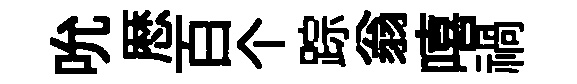
吮厯百个踪翁嘻禍